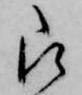
被